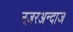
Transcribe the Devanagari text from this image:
नज़रअन्दाज